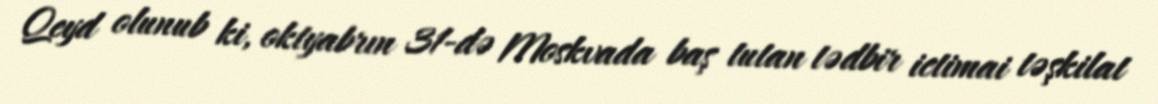
Qeyd olunub ki, oktyabrın 31-də Moskvada baş tutan tədbir ictimai təşkilat